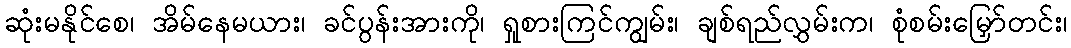
ဆုံးမနိုင်စေ၊ အိမ်နေမယား၊ ခင်ပွန်းအားကို၊ ရှုစားကြင်ကျွမ်း၊ ချစ်ရည်လွှမ်းက၊ စုံစမ်းမြှော်တင်း၊